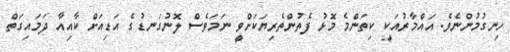
ހިނގުމުންނެވެ. އައްމާރުއަކީ ކިތަންމެ މޮޅު ފެތުންތެރިޔަކަށްވީ ނަމަވެސް ލޮނުގަނޑުގެ އަޑިއަށް ކާއިއާ ދަމައިގަތް